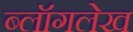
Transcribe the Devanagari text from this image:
ब्लॉगलेख